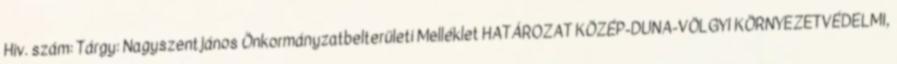
Hiv. szám: Tárgy: Nagyszentjános Önkormányzatbelterületi Melléklet HATÁROZAT KÖZÉP-DUNA-VÖLGYI KÖRNYEZETVÉDELMI,